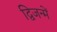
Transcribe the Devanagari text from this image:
द्विजन्में